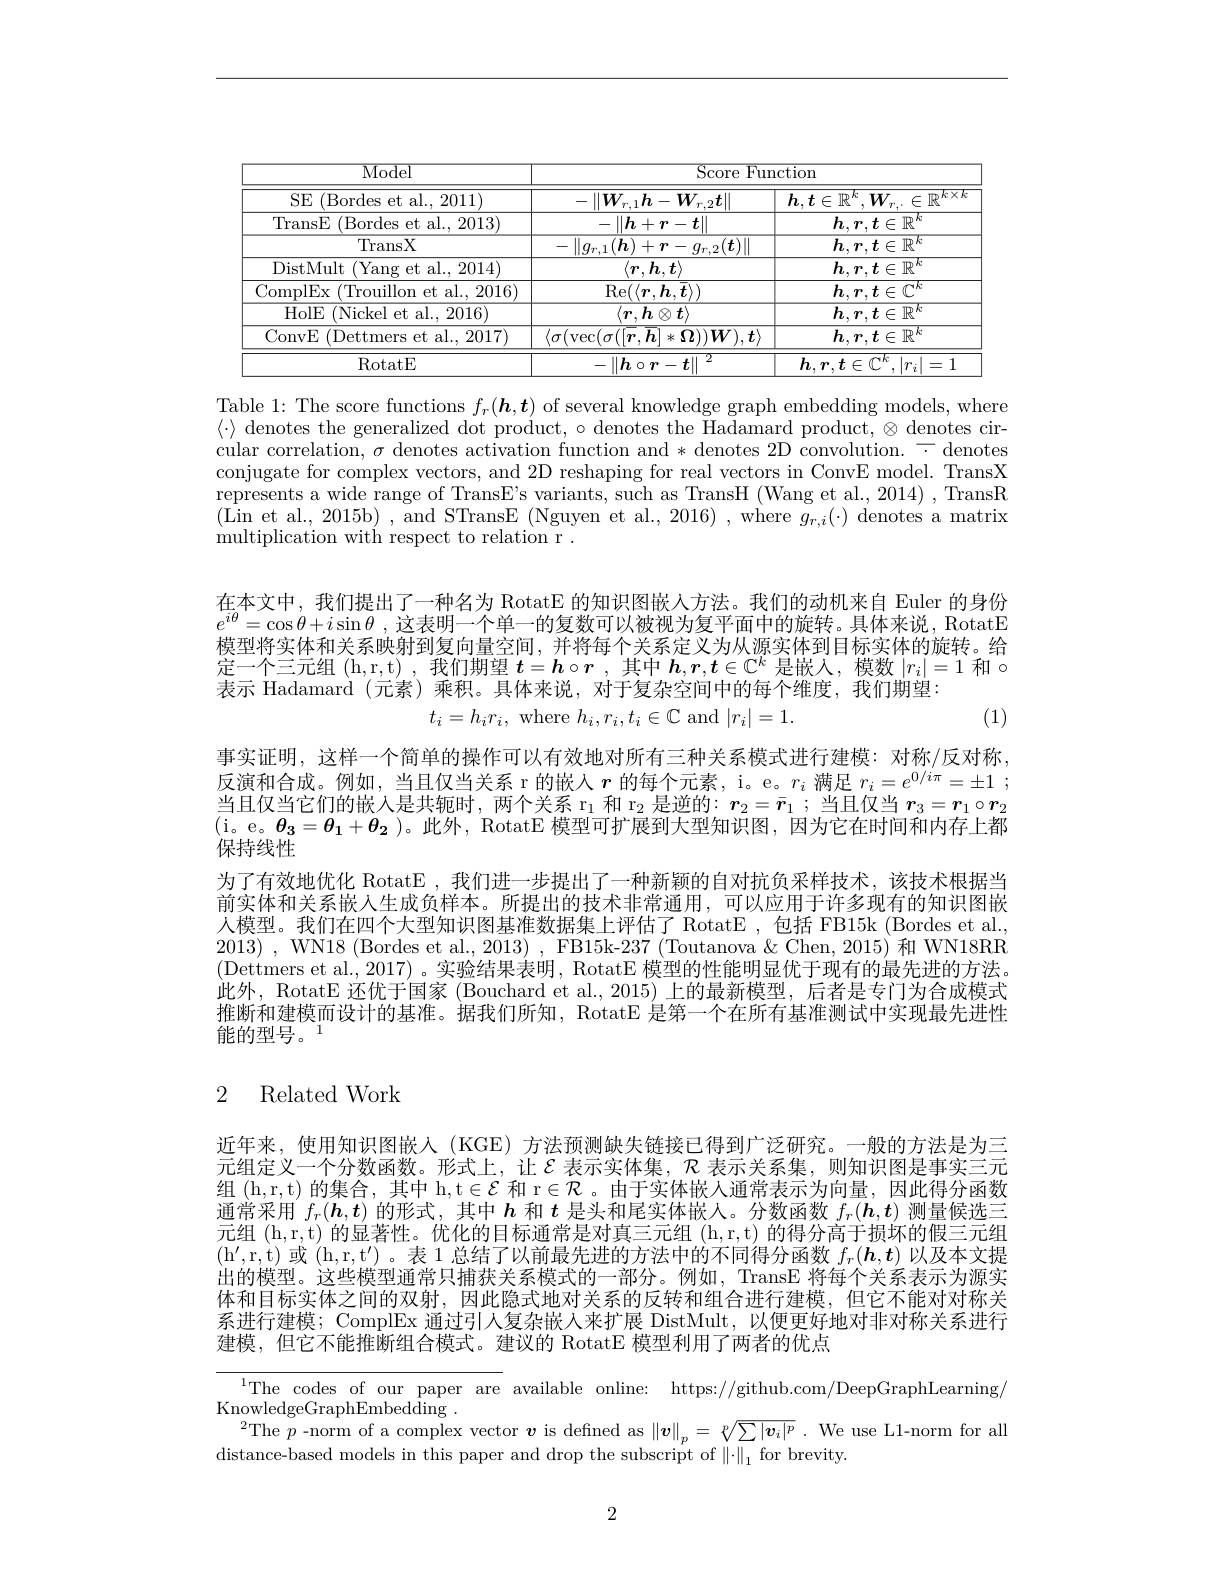
<table>
	<tbody>
		<tr>
			<th rowspan="2">$\overline{\mathrm{Model}}$ SE (Bordes et al., 2011)</th>
			<th colspan="2">${\mathrm{Score~Function}}$</th>
		</tr>
		<tr>
			<th>$\|\boldsymbol{W}_{r.1}\boldsymbol{h}-\boldsymbol{W}_{r.2}\boldsymbol{t}\|$</th>
			<th>$h.\boldsymbol{t}\in\mathbb{R}^{\kappa}$, $,W_{r..}\in\mathbb{R}$ $kX$</th>
		</tr>
		<tr>
			<td>TransE (Bordes et al., 2013)</td>
			<td>$-\|h+r-t\|$</td>
			<td>$h,\boldsymbol{r}.\boldsymbol{t}\in\mathbb{R}^{\prime}$ $)k$</td>
		</tr>
		<tr>
			<td>TransX</td>
			<td>$g_{r,2}(\boldsymbol{t})\|$ $\|q_{r,1}(\boldsymbol{h}).$ $+\boldsymbol{r}-\boldsymbol{r}$</td>
			<td>$h,r,\boldsymbol{t}\in\mathbb{R}^{k}$</td>
		</tr>
		<tr>
			<td>DistMult (Yang et al., 2014)</td>
			<td>$\langle\boldsymbol{r},\boldsymbol{h},\boldsymbol{t}\rangle$</td>
			<td>$h,r,\boldsymbol{t}\in\mathbb{R}^{\kappa}$</td>
		</tr>
		<tr>
			<td>ComplEx (Trouillon et al., 2016)</td>
			<td>$\operatorname{Re}(\langle\boldsymbol{r},\boldsymbol{h},\boldsymbol{t}\rangle)$</td>
			<td>$h,r,\boldsymbol{t}\in\mathbb{C}^{\kappa}$</td>
		</tr>
		<tr>
			<td>HolE (Nickel et al., 2016)</td>
			<td>$\langle\boldsymbol{r},\boldsymbol{h}\otimes\boldsymbol{t}\rangle$</td>
			<td>$h,r,\boldsymbol{t}\in\mathbb{R}^{\kappa}$</td>
		</tr>
		<tr>
			<td>ConvE (Dettmers et al., 2017) ,</td>
			<td>$\Omega))\boldsymbol{W}),\boldsymbol{t}\rangle$ $\sigma(\operatorname{vec}(\sigma(|\boldsymbol{r},\boldsymbol{h}]$ 米 $k_{1}$</td>
			<td>$h,\boldsymbol{r},\boldsymbol{t}\in\mathbb{R}^{k}$</td>
		</tr>
		<tr>
			<td>RotatE</td>
			<td>$-\|\boldsymbol{h}\circ\boldsymbol{r}-\boldsymbol{t}\|^2$</td>
			<td>$h.r.t\in\mathbb{C}^{k}.|r_{i}|$ |=1</td>
		</tr>
	</tbody>
</table>

Table 1: The score functions $f_r(\boldsymbol{h},\boldsymbol{t})$ of several knowledge graph embedding models, where $\langle\cdot\rangle$ denotes the generalized dot product, $\circ$ denotes the Hadamard product, $\otimes$ denotes circular correlation, $\sigma$ denotes activation function and * denotes 2D convolution.= denotes conjugate for complex vectors, and 2D reshaping for real vectors in ConvE model. TransX represents a wide range of TransE's variants, such as TransH (Wang et al., 2014) , TransR (Lin et al. 2015b) , and STransE (Nguyen et al., 2016) , where $g_r,i(\cdot)$ denotes a matrix multiplication with respect to relation r .

在本文中，我们提出了一种名为 RotatE 的知识图嵌人方法。我们的动机来自 Euler 的身份$e^{i\theta}=\cos\theta+i\sin\theta$ ,这表明一个单一的复数可以被视为复平面中的旋转。具体来说，RotatE 模型将实体和关系映射到复向量空间，并将每个关系定义为从源实体到目标实体的旋转。给定一个三元组 (h,r,t) ,我们期望$\boldsymbol{t}=\boldsymbol{h}\circ\boldsymbol{r}$ ,其中$\boldsymbol{h},\boldsymbol{r},\boldsymbol{t}\in\mathbb{C}^k$是嵌人，模数$|r_i|=1$和$\circ$ 表示 Hadamard (元素)乘积。具体来说，对于复杂空间中的每个维度，我们期望：
$$t_{i}=h_{i}r_{i},\mathrm{~where~}h_{i},r_{i},t_{i}\in\mathbb{C}\mathrm{~and~}|r_{i}|=$$
(1)

事实证明，这样一个简单的操作可以有效地对所有三种关系模式进行建模：对称/反对称， 反演和合成。例如，当且仅当关系 r 的嵌人$r$的每个元素，i。e。$r_i$满足$r_i=e^{0/i\pi}=\pm1$ ; 当且仅当它们的嵌人是共轭时，两个关系 r$_1$和 r$_2$是逆的：$\boldsymbol r_2=\bar{r}_1$ ; 当且仅当$\boldsymbol r_3=\boldsymbol r_1\circ\boldsymbol r_2$ (i。e。$\theta_3=\theta_1+\theta_2$ )。此外，RotatE 模型可扩展到大型知识图，因为它在时间和内存上都保持线性
为了有效地优化 RotatE , 我们进一步提出了一种新颖的自对抗负采样技术，该技术根据当前实体和关系嵌入生成负样本。所提出的技术非常通用，可以应用于许多现有的知识图嵌人模型。我们在四个大型知识图基准数据集上评估了 RotatE ,包括 FB15k (Bordes et al., 2013) , WN18 ( Bordes et al. , 2013) , FB15k- 237 ( Toutanova $\&$ Chen, 2015) 和 WN18RR (Dettmers et al.,2017)。实验结果表明，RotatE 模型的性能明显优于现有的最先进的方法。此外，RotatE 还优于国家 (Bouchard et al., 2015) 上的最新模型，后者是专门为合成模式推断和建模而设计的基准。据我们所知，RotatE 是第一个在所有基准测试中实现最先进性能的型号。1

## 2 Related Work

近年来，使用知识图嵌人(KGE) 方法预测缺失链接已得到广泛研究。一般的方法是为三元组定义一个分数函数。形式上，让$\mathcal{E}$ 表示实体集，$\mathcal{R}$ 表示关系集，则知识图是事实三元组 (h,r,t) 的集合，其中 h,t$\in\mathcal{E}$和 r$\in\mathcal{R}$。由于实体嵌人通常表示为向量，因此得分函数通常采用$f_r(\boldsymbol{h},\boldsymbol{t})$的形式，其中$h$和$t$是头和尾实体嵌人。分数函数$f_r(\boldsymbol{h},\boldsymbol{t})$测量候选三元组 (h,r,t) 的显著性。优化的目标通常是对真三元组 (h,r,t) 的得分高于损坏的假三元组$( h^{\prime }$, r, t) 或(h, r, $t^{\prime }$) 。表 1总结了以前最先进的方法中的不同得分函数 $f_r(\boldsymbol{h},\boldsymbol{t})$ 以及本文提出的模型。这些模型通常只捕获关系模式的一部分。例如，TransE 将每个关系表示为源实体和目标实体之间的双射，因此隐式地对关系的反转和组合进行建模，但它不能对对称关系进行建模；ComplEx 通过引人复杂嵌人来扩展 DistMult, 以便更好地对非对称关系进行建模，但它不能推断组合模式。建议的 RotatE 模型利用了两者的优点

${^{1}\text{The codes of our paper are }}$available online: https: / / github. com/ DeepGraphLearning/
KnowledgeGraphEmbedding .
$^{2}$The $p$ -norm of a complex vector $\boldsymbol v$ is defined as $\|\boldsymbol v\|_p=\sqrt[p]{\sum|\boldsymbol{v}_i|^p}.$ We use L1-norm for all
distance-based models in this paper and drop the subscript of $\|\cdot\|_1$ for brevity.

2